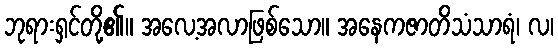
ဘုရားရှင်တို့၏။ အလေ့အလာဖြစ်သော။ အနေကဇာတိသံသာရံ၊ လ၊